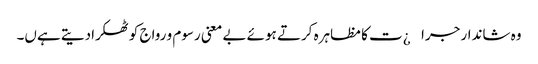
وہ شاندار جرا¿ت کا مظاہرہ کرتے ہوئے بے معنی رسوم و رواج کو ٹھکرادیتے ہےں۔